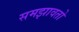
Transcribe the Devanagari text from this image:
समझावतो